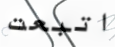
اتبعت